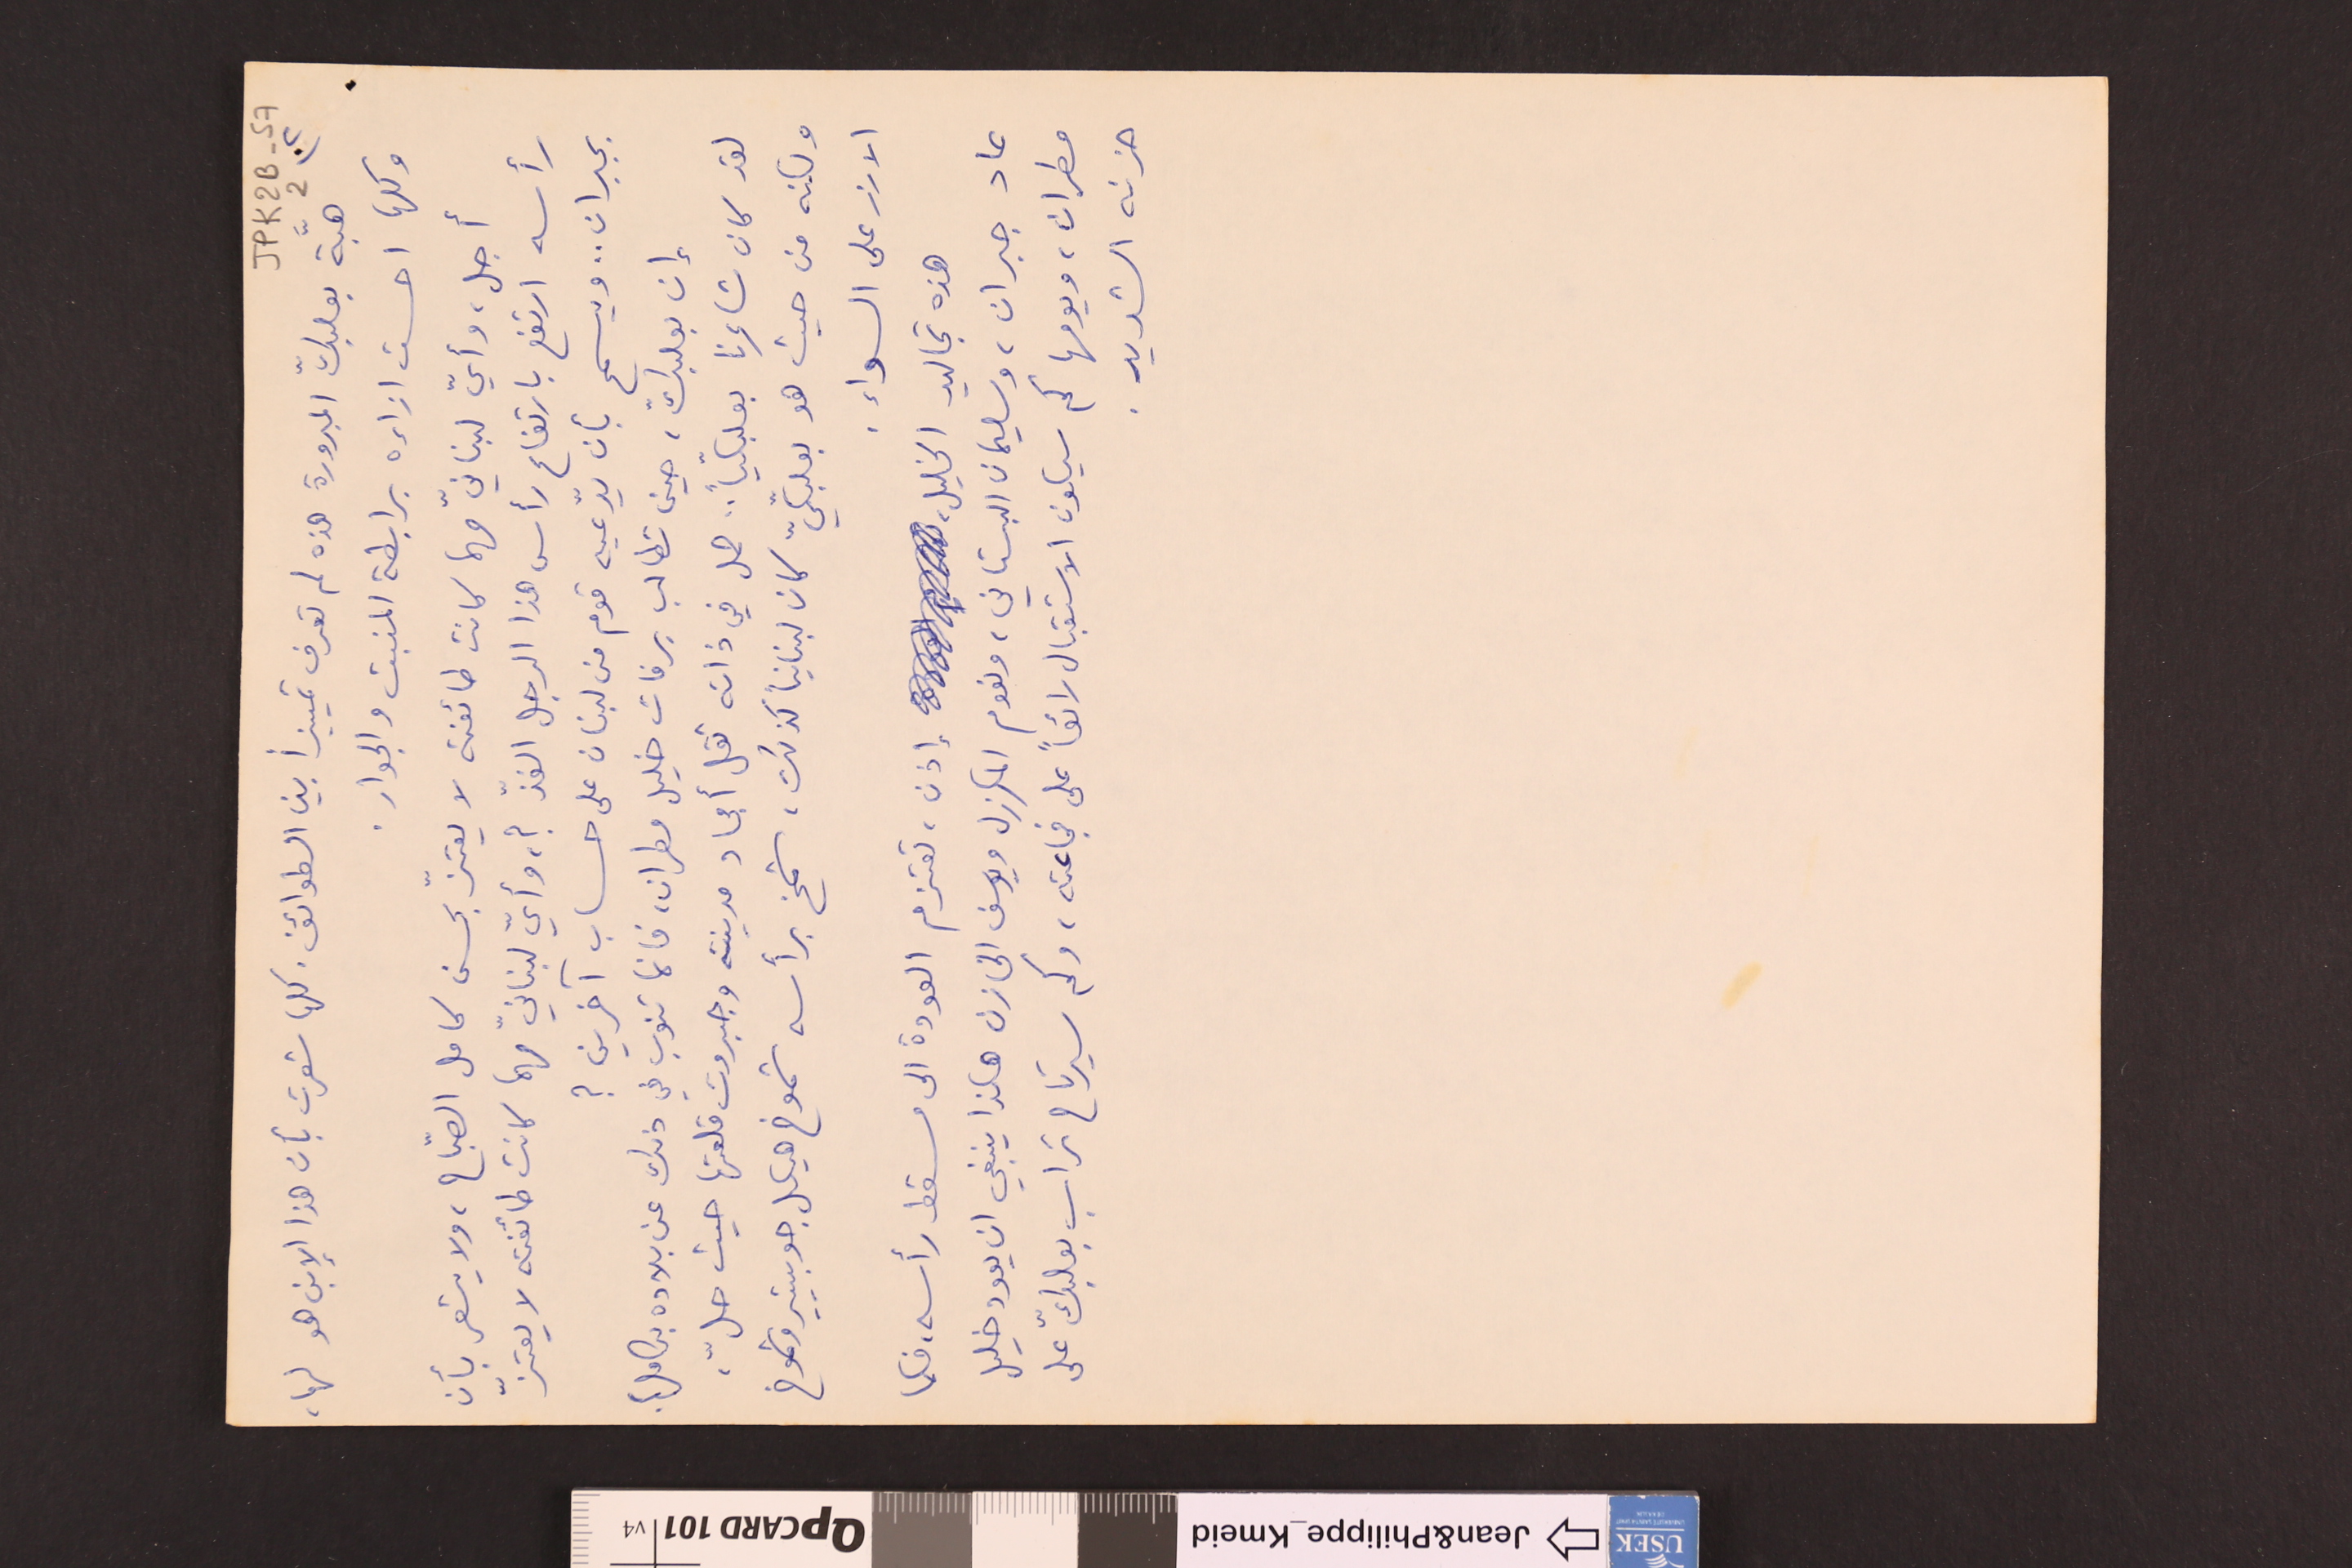
JPK2B-57							2 		(٢
هبّة بعلبكّ المبرورة هذه لم تعرف تمييزاً بين الطوائف. كلها شعرت بأن هذا الإبن هو لها،
وكلها أحست ازاءه برابطة المنبت والجوار.
أجل، وأيّ لبنانيّ مهما كانت طائفته لا يعتزّ بحسن كامل الصبّاح، ولا يشعر بأن
رأسه ارتفع بارتفاع رأس هذا الرجل الفذّ ؟، وأيّ لبنانيّ مهما كانت طائفته لا يعتزّ
بجبران .. ويسمح بأن يدّعيه قوم من لبنان على حساب آخرين ؟
إن بعلبكّ، حين تطالب برفات خليل مطران، فانما تنوب في ذلك عن بلاده بكاملها.
لقد كان شاعرنا بعلبكياً.. حمل في ذاته ثقل أمجاد مدينته وجبروت قلعتها حيث حلّ،
ولكنه من حيث هو بعلبكيّ كان لبنانياً كذلك، شمخ برأسه شموخ هيكل جوبيتر وشموخ
الارز على السواء.
هذه تجاليد الخليل، إذن، تعتزم العودة الى مسقط رأسه، فكما
عاد جبران، وسليمان البستاني، ونعوم المكرزل ويوسف الخازن هكذا ينبغي ان يعود خليل
مطران، ويومها كم سيكون الاستقبال رائعاً على فجاعته، وكم سيرتاح تراب بعلبكّ على
حزنه الشديد.